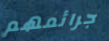
جرائمهم